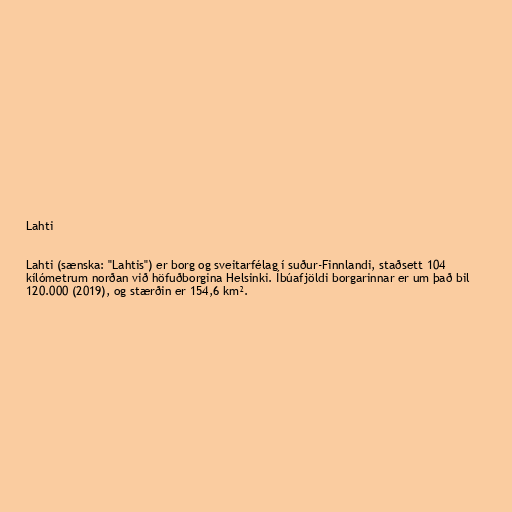
Lahti

Lahti (sænska: "Lahtis") er borg og sveitarfélag í suður-Finnlandi, staðsett 104
kílómetrum norðan við höfuðborgina Helsinki. Íbúafjöldi borgarinnar er um það bil
120.000 (2019), og stærðin er 154,6 km².